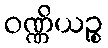
ဝဏ္ဏိယဉ္စ